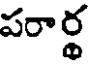
పరార్థ